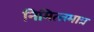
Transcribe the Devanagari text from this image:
निमित्‍तमात्र